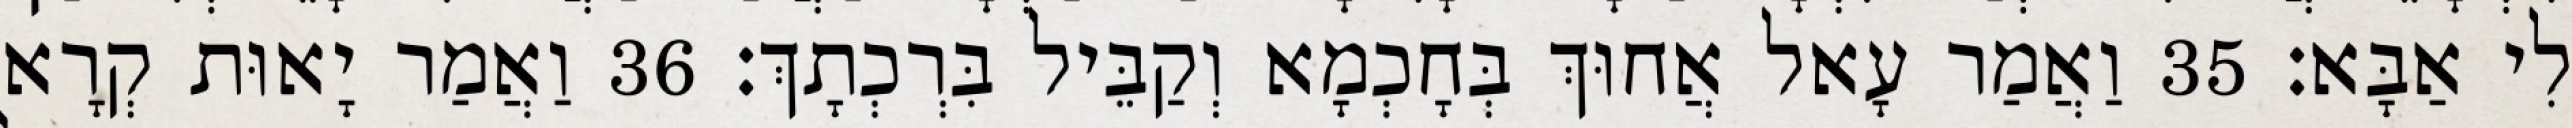
לִי אַבָּא׃ 35 וַאֲמַר עָאל אֲחוּךְ בְּחָכְמָא וְקַבֵּיל בִּרְכְתָךְ׃ 36 וַאֲמַר יָאוּת קְרָא